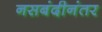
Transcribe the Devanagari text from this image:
नसबंदीनंतर